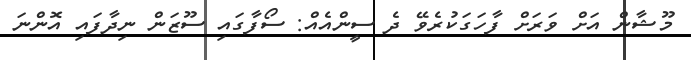
މޫޝާން އަށް ވަރަށް ފާހަގަކުރެވޭ ދެ ސީންއެއް: ސޯފާގައި ސޫޒަން ނިދާފައި އޮންނަ